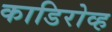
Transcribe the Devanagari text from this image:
काडिरोव्ह